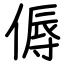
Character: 傉